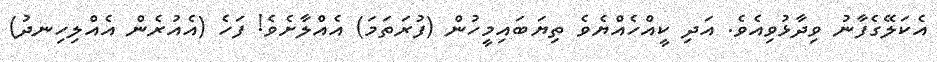
އެކަލޭގެފާނު ވިދާޅުވިއެވެ. އަދި ކީއްހެއްޔެވެ ތިޔަބައިމީހުން (ފުރަތަމަ) އެއްލާށެވެ! ފަހެ (އެއުރެން އެއްލިހިނދު)